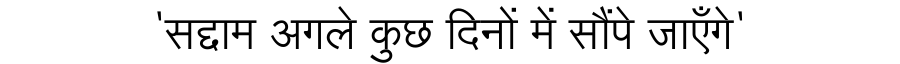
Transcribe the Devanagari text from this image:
'सद्दाम अगले कुछ दिनों में सौंपे जाएँगे'